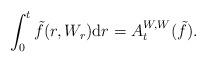
LaTeX: \begin{align*}\int_0^t \tilde f(r, W_r) \mathrm dr = A^{W,W}_t(\tilde f).\end{align*}